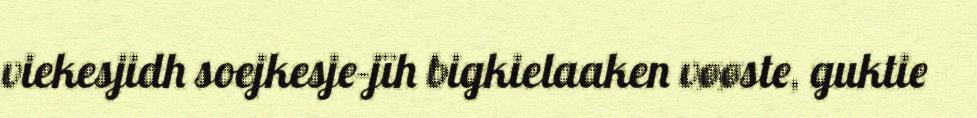
viekesjidh soejkesje-jïh bigkielaaken vøøste, guktie